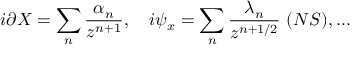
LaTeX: i \partial X = \sum _ { n } { \frac { \alpha _ { n } } { z ^ { n + 1 } } } , \ \ \ i \psi _ { x } = \sum _ { n } { \frac { \lambda _ { n } } { z ^ { n + 1 / 2 } } } \ ( N S ) , . . .